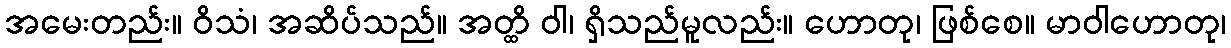
အမေးတည်း။ ဝိသံ၊ အဆိပ်သည်။ အတ္ထိ ဝါ၊ ရှိသည်မူလည်း။ ဟောတု၊ ဖြစ်စေ။ မာဝါဟောတု၊